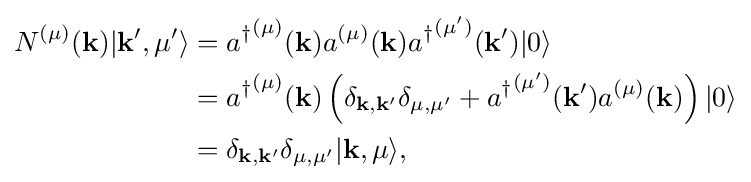
{\begin{aligned}N^{(\mu )}(\mathbf {k} )|\mathbf {k} ',\mu '\rangle &={a^{\dagger }}^{(\mu )}(\mathbf {k} )a^{(\mu )}(\mathbf {k} ){a^{\dagger }}^{(\mu ')}(\mathbf {k'} )|0\rangle \\&={a^{\dagger }}^{(\mu )}(\mathbf {k} )\left(\delta _{\mathbf {k} ,\mathbf {k'} }\delta _{\mu ,\mu '}+{a^{\dagger }}^{(\mu ')}(\mathbf {k'} )a^{(\mu )}(\mathbf {k} )\right)|0\rangle \\&=\delta _{\mathbf {k} ,\mathbf {k'} }\delta _{\mu ,\mu '}|\mathbf {k} ,\mu \rangle ,\end{aligned}}